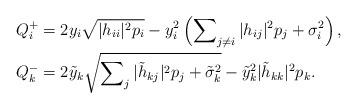
LaTeX: \begin{align*} Q^+_i &= 2y_i\sqrt{|h_{ii}|^2p_i}-y^2_i\left(\sum\nolimits_{j\ne i}|h_{ij}|^2p_j+\sigma^2_i\right),\\ Q^-_k &= 2\tilde y_k\sqrt{\sum\nolimits_{j}|\tilde h_{kj}|^2p_j+\tilde\sigma^2_k}-\tilde y^2_k|\tilde h_{kk}|^2p_k.\end{align*}